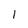
Character: 1